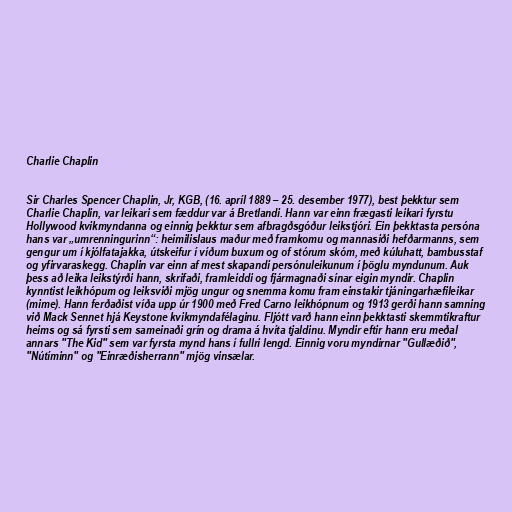
Charlie Chaplin

Sir Charles Spencer Chaplin, Jr, KGB, (16. apríl 1889 – 25. desember 1977), best þekktur sem
Charlie Chaplin, var leikari sem fæddur var á Bretlandi. Hann var einn frægasti leikari fyrstu
Hollywood kvikmyndanna og einnig þekktur sem afbragðsgóður leikstjóri. Ein þekktasta persóna
hans var „umrenningurinn“: heimilislaus maður með framkomu og mannasiði hefðarmanns, sem
gengur um í kjólfatajakka, útskeifur í víðum buxum og of stórum skóm, með kúluhatt, bambusstaf
og yfirvaraskegg. Chaplin var einn af mest skapandi persónuleikunum í þöglu myndunum. Auk
þess að leika leikstýrði hann, skrifaði, framleiddi og fjármagnaði sínar eigin myndir. Chaplin
kynntist leikhópum og leiksviði mjög ungur og snemma komu fram einstakir tjáningarhæfileikar
(mime). Hann ferðaðist víða upp úr 1900 með Fred Carno leikhópnum og 1913 gerði hann samning
við Mack Sennet hjá Keystone kvikmyndafélaginu. Fljótt varð hann einn þekktasti skemmtikraftur
heims og sá fyrsti sem sameinaði grín og drama á hvíta tjaldinu. Myndir eftir hann eru meðal
annars "The Kid" sem var fyrsta mynd hans í fullri lengd. Einnig voru myndirnar "Gullæðið",
"Nútíminn" og "Einræðisherrann" mjög vinsælar.